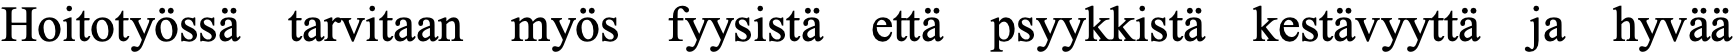
Hoitotyössä tarvitaan myös fyysistä että psyykkistä kestävyyttä ja hyvää